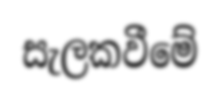
සැලකවීමේ